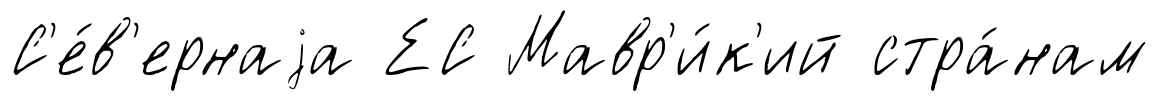
С'е́в'ернаjа ЕС Мавр'и́к'ий стра́нам